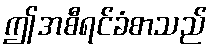
ဤအစီရင်ခံစာသည်